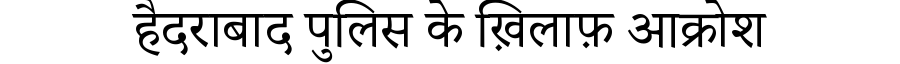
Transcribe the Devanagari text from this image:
हैदराबाद पुलिस के ख़िलाफ़ आक्रोश